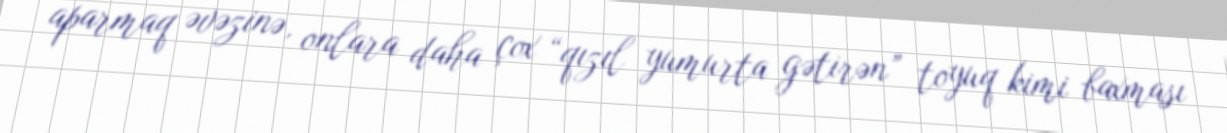
aparmaq əvəzinə, onlara daha çox “qızıl yumurta gətirən” toyuq kimi baxması